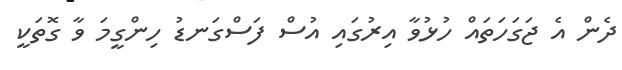
ދެން އެ ޖަގަހަތައް ހުޅުވާ އިރުގައި އުސް ފަސްގަނޑު ހިންގީމަ ވާ ގޮތަކީ